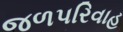
જળપરિવાહ